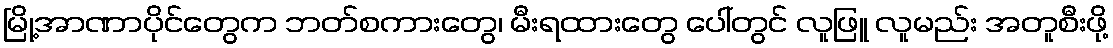
မြို့အာဏာပိုင်တွေက ဘတ်စကားတွေ၊ မီးရထားတွေ ပေါ်တွင် လူဖြူ လူမည်း အတူစီးဖို့